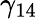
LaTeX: \gamma_{14}